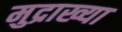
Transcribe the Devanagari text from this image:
मुद्राख्या